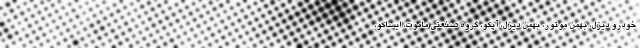
خودرو دیزل، بهمن موتور، بهمن دیزل، آپکو، گروه صنعتی ماموت، ایساکو،